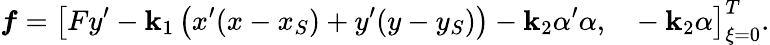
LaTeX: \boldsymbol{f}=\left[Fy^{\prime}-\mathbf{k}_{1}\left(x^{\prime}(x-x_{S})+y^{\prime}(y-y_{S})\right)-\mathbf{k}_{2}\alpha^{\prime}\alpha,~~~-\mathbf{k}_{2}\alpha\right]_{\xi=0}^{T}.